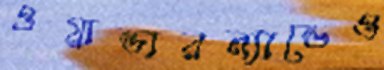
ওয়ান্ডারল্যান্ডেও